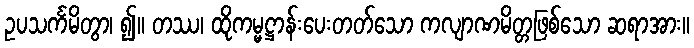
ဥပသင်္ကမိတွာ၊ ၍။ တဿ၊ ထိုကမ္မဋ္ဌာန်းပေးတတ်သော ကလျာဏမိတ္တဖြစ်သော ဆရာအား။